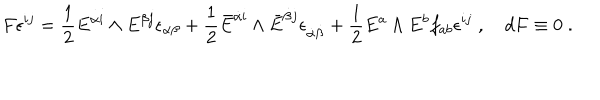
F \epsilon ^ { i j } = { \frac { 1 } { 2 } } E ^ { { \alpha } i } \wedge E ^ { { \beta } j } \epsilon _ { { \alpha } { \beta } } + { \frac { 1 } { 2 } } \bar { E } ^ { \dot { \alpha } i } \wedge \bar { E } ^ { \dot { \beta } j } \epsilon _ { \dot { \alpha } \dot { \beta } } + { \frac { 1 } { 2 } } E ^ { a } \wedge E ^ { b } f _ { a b } \epsilon ^ { i j } \; , \quad d F \equiv 0 \; .